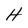
Character: H